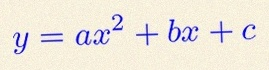
y=ax^2+bx+c